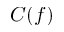
C ( f )